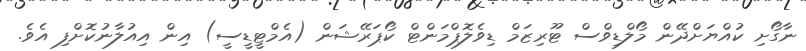
ނާގޯށި ކުއްޔަށްދޭން މޯލްޑިވްސް ޓޫރިޒަމް ޑިވެލޮޕްމަންޓް ކޯޕަރޭޝަން (އެމްޓީޑީސީ) އިން އިއުލާނުކޮށްފި އެވެ.